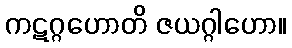
ကဋဂ္ဂဟောတိ ဇယဂ္ဂါဟော။